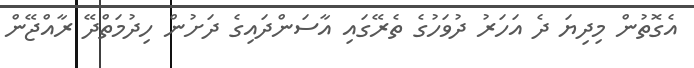
އެގޮތުން މިދިޔަ ދެ އަހަރު ދުވަހުގެ ތެރޭގައި އާސަންދައިގެ ދަށުން ހިދުމަތްދޭ ރާއްޖޭން